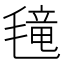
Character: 𱥤